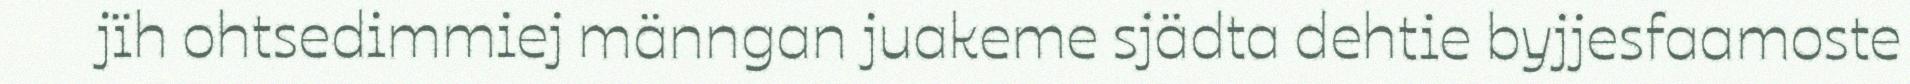
jïh ohtsedimmiej männgan juakeme sjädta dehtie byjjesfaamoste